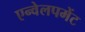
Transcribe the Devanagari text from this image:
एन्वेलपमेंट